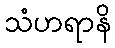
သံဟရာနိ